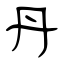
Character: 丹